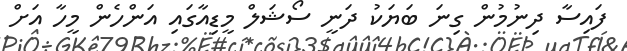
ފައިސާ ދިނުމުން ގިނަ ބަޔަކު ދަނީ ސޯޝަލް މީޑިއާގައި އަންހެން މީހާ އަށް